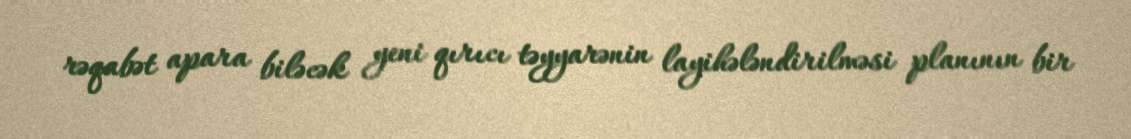
rəqabət apara biləcək yeni qırıcı təyyarənin layihələndirilməsi planının bir